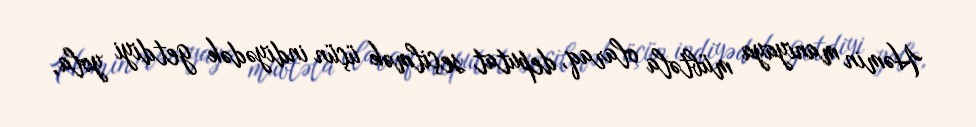
Həmin maniyaya mübtəla olaraq, deputat seçilmək üçün indiyədək getdiyi yola,